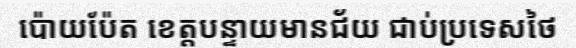
ប៉ោយប៉ែត ខេត្តបន្ទាយមានជ័យ ជាប់ប្រទេសថៃ